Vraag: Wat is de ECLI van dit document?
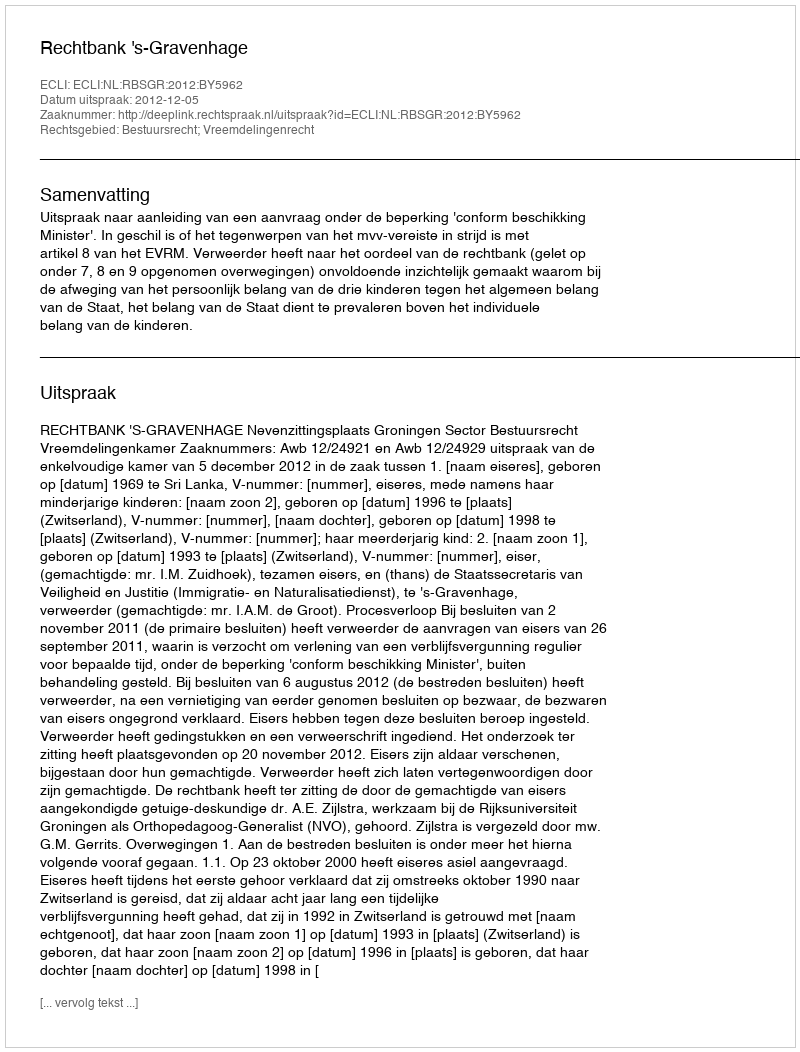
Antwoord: ECLI:NL:RBSGR:2012:BY5962